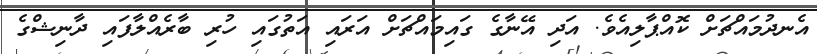
އެނދުމައްޗަށް ކޮއްޕާލިއެވެ. އަދި އޭނާގެ ގައިމައްޗަށް އަރައި އަތުގައި ހުރި ބާރެއްލާފައި ދާނިޝްގެ